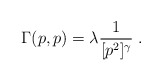
\begin{align*}\Gamma(p,p) = \lambda\frac{1}{[p^2]^\gamma}\;.\end{align*}